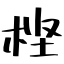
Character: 㭴